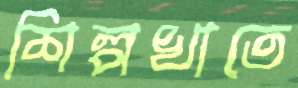
শিল্পখাতে